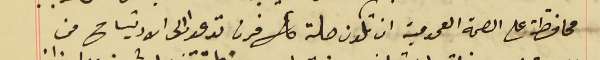
محافظة على الصحة العمومية ان تكون حلة  كل فرن تدعوا الى الارتياح من